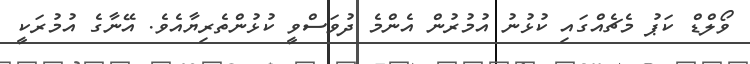
ވޯލްޑް ކަޕު މެޗެއްގައި ކުޅުނު އުމުރުން އެންމެ ދުވަސްވީ ކުޅުންތެރިޔާއެވެ. އޭނާގެ އުމުރަކީ